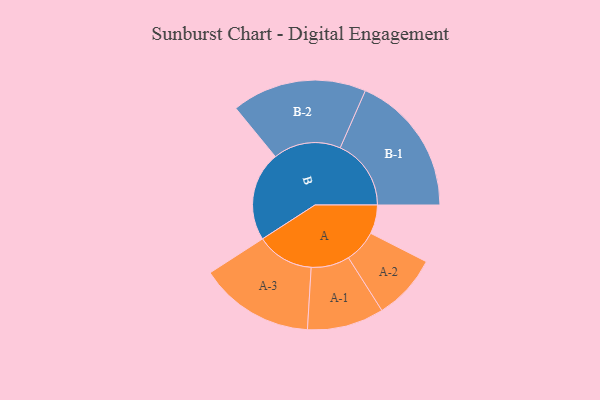
{"axis": {"x": "Segment", "y": "Value"}, "legend": ["", "A", "B"], "data": [{"x": "A", "y": 103, "type": ""}, {"x": "B", "y": 319, "type": ""}, {"x": "A-1", "y": 137, "type": "A"}, {"x": "A-2", "y": 117, "type": "A"}, {"x": "A-3", "y": 205, "type": "A"}, {"x": "B-1", "y": 253, "type": "B"}, {"x": "B-2", "y": 241, "type": "B"}]}